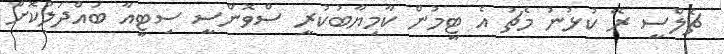
ޗެލްސީ ރޭ ކުޅުނު މެޗު އެ ޓީމުން ކާމިޔާބުކުރީ ސްވޮންސީ ސިޓީއާ ބައްދަލުކޮށް